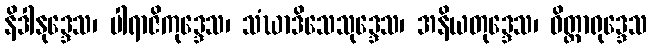
နိဒါနုဒ္ဒေသ၊ ပါရာဇိကုဒ္ဒေသ၊ သံဃာဒိသေသုဒ္ဒေသ၊ အနိယတုဒ္ဒေသ၊ ဝိတ္ထာရုဒ္ဒေသ